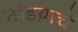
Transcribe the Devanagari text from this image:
तांडय़ाचे